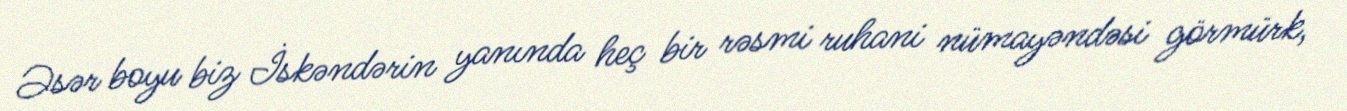
Əsər boyu biz İskəndərin yanında heç bir rəsmi ruhani nümayəndəsi görmürk,